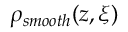
\rho _ { s m o o t h } ( z , \boldsymbol { \xi } )